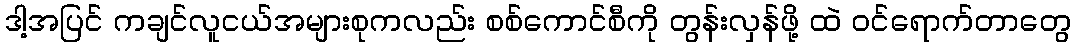
ဒါ့အပြင် ကချင်လူငယ်အများစုကလည်း စစ်ကောင်စီကို တွန်းလှန်ဖို့ ထဲ ဝင်ရောက်တာတွေ